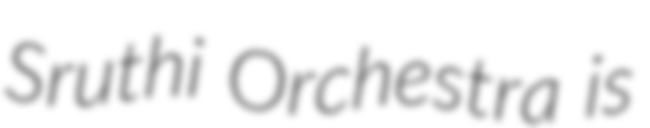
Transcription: Sruthi Orchestra is